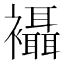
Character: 襵